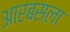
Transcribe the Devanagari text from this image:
आरबसला